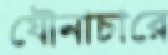
যৌনাচারে